Vaccination in Burma 1900-1911 - 1900-1911
Year: 1900
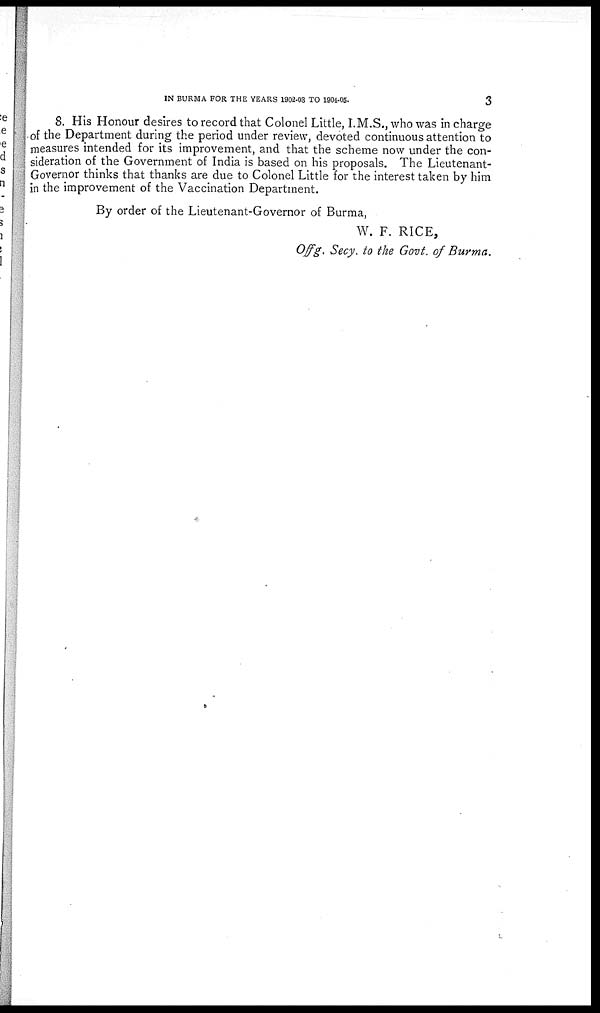
IN BURMA FOR THE YEARS 1902-03 TO 1904-05.
3
8. His Honour desires to record that Colonel Little, I.M.S., who was in charge
of the Department during the period under review, devoted continuous attention to
measures intended for its improvement, and that the scheme now under the con-
sideration of the Government of India is based on his proposals. The Lieutenant-
Governor thinks that thanks are due to Colonel Little for the interest taken by him
in the improvement of the Vaccination Department.
By order of the Lieutenant-Governor of Burma,
W. F. RICE,
Offg. Secy. to the Govt. of Burma.